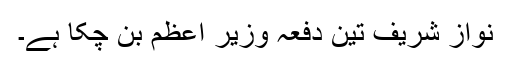
نواز شریف تین دفعہ وزیر اعظم بن چکا ہے۔